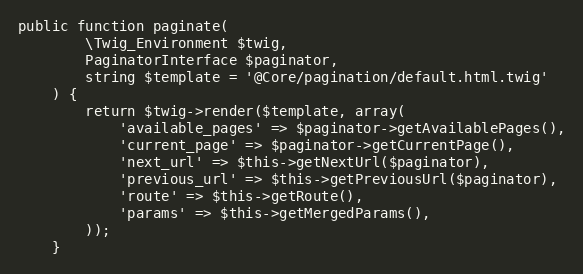
Language: PHP
public function paginate(
        \Twig_Environment $twig,
        PaginatorInterface $paginator,
        string $template = '@Core/pagination/default.html.twig'
    ) {
        return $twig->render($template, array(
            'available_pages' => $paginator->getAvailablePages(),
            'current_page' => $paginator->getCurrentPage(),
            'next_url' => $this->getNextUrl($paginator),
            'previous_url' => $this->getPreviousUrl($paginator),
            'route' => $this->getRoute(),
            'params' => $this->getMergedParams(),
        ));
    }